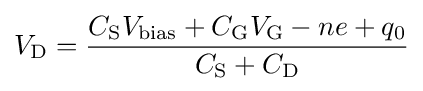
V_{\rm {D}}={\frac {C_{\rm {S}}V_{\rm {bias}}+C_{\rm {G}}V_{\rm {G}}-ne+q_{0}}{C_{\rm {S}}+C_{\rm {D}}}}